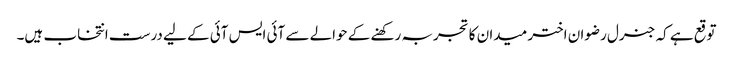
توقع ہے کہ جنرل رضوان اختر میدان کا تجربہ رکھنے کے حوالے سے آئی ایس آئی کے لیے درست انتخاب ہیں۔